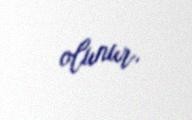
olunur.